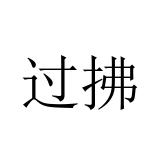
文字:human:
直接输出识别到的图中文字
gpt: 过拂